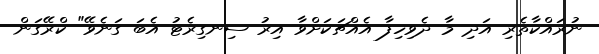
ނުރައްކާތެރި އަދި މާ ދެވިހިފާ އެއްޗަކަށްވާ އިރު ސިނގިރެޓު އެބަ ގަނެވޭ" ކްރޭގަން